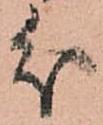
分